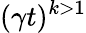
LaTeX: (\gamma t)^{k>1}